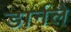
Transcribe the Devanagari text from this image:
डार्नले